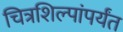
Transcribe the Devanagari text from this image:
चित्रशिल्पांपर्यंत